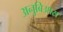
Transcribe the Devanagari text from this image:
अनुबिआस